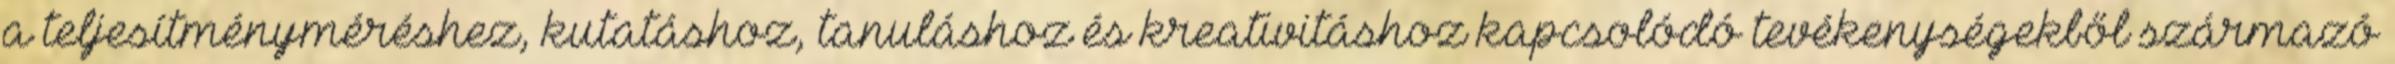
a teljesítményméréshez, kutatáshoz, tanuláshoz és kreativitáshoz kapcsolódó tevékenységekből származó